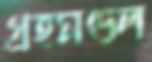
গ্রহমণ্ডল